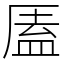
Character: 㕎